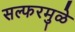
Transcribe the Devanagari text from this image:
सल्फरमुळे